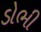
ડોભી